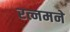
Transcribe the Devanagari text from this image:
रत्नमने